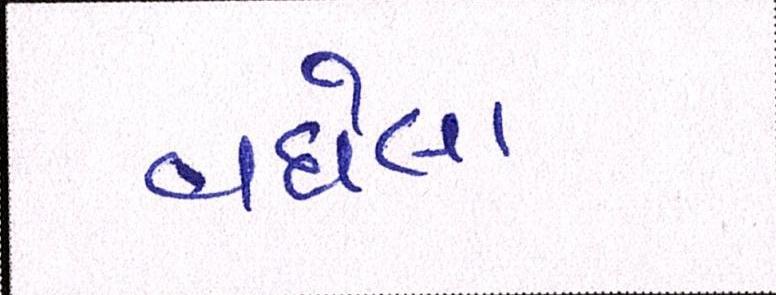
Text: વધેલા